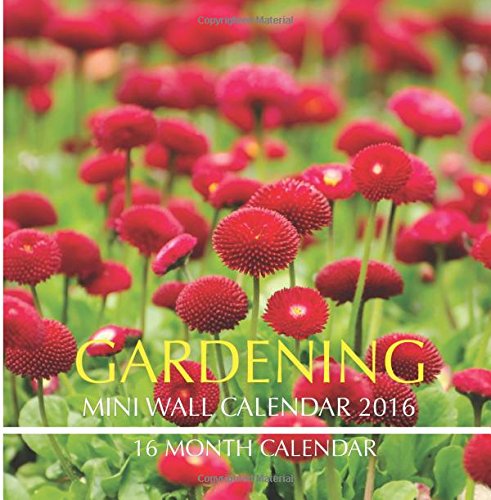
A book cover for Gardening Mini Wall Calendar 2016: 16 Month Calendar; Jack Smith; Calendars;